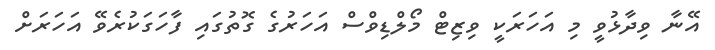
އޭނާ ވިދާޅުވީ މި އަހަރަކީ ވިޒިޓް މޯލްޑިވްސް އަހަރުގެ ގޮތުގައި ފާހަގަކުރެވޭ އަހަރަށް